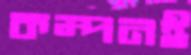
কম্পনই